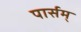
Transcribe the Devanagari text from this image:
पार्सम्